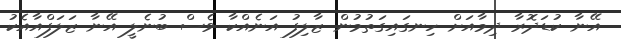
އޭނާ ކުޑަދޮރާ ދިމާއަށް ހިނގައިގަތުމުން ޒާލިފު އަނެއްކާ ވެސް ބުނެލީ އޭނާ ޒަލަފްއާއެކު